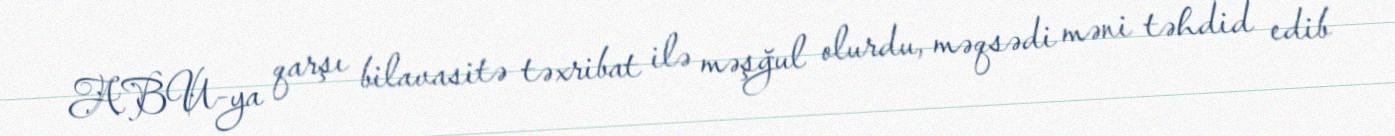
ABU-ya qarşı bilavasitə təxribat ilə məşğul olurdu, məqsədi məni təhdid edib